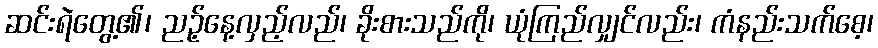
ဆင်းရဲတွေ့၏၊ ညဉ့်နေ့လှည့်လည်၊ ခိုးစားသည်ကို၊ ယုံကြည်လျှင်လည်း၊ ကံနည်းသက်စေ့၊